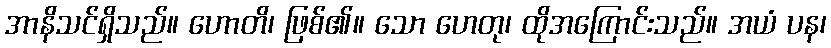
အာနိသင်ရှိသည်။ ဟောတိ၊ ဖြစ်၏။ သော ဟေတု၊ ထိုအကြောင်းသည်။ အယံ ပန၊